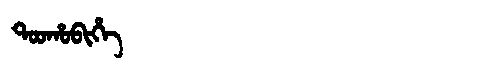
Manchu: ᡨᠣᠣᡥᠣᠪᡳᡥᡝ
Romanization: TOOHOBIHE